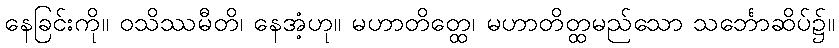
နေခြင်းကို။ ဝသိဿမီတိ၊ နေအံ့ဟု။ မဟာတိတ္ထေ၊ မဟာတိတ္ထမည်သော သင်္ဘောဆိပ်၌။